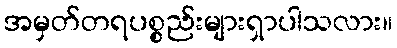
အမှတ်တရပစ္စည်းများရှာပါသလား။